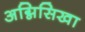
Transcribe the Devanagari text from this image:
अग्निसिखा